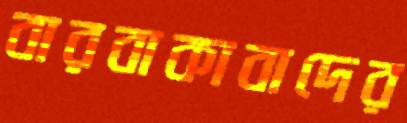
বারবাকাবাদের